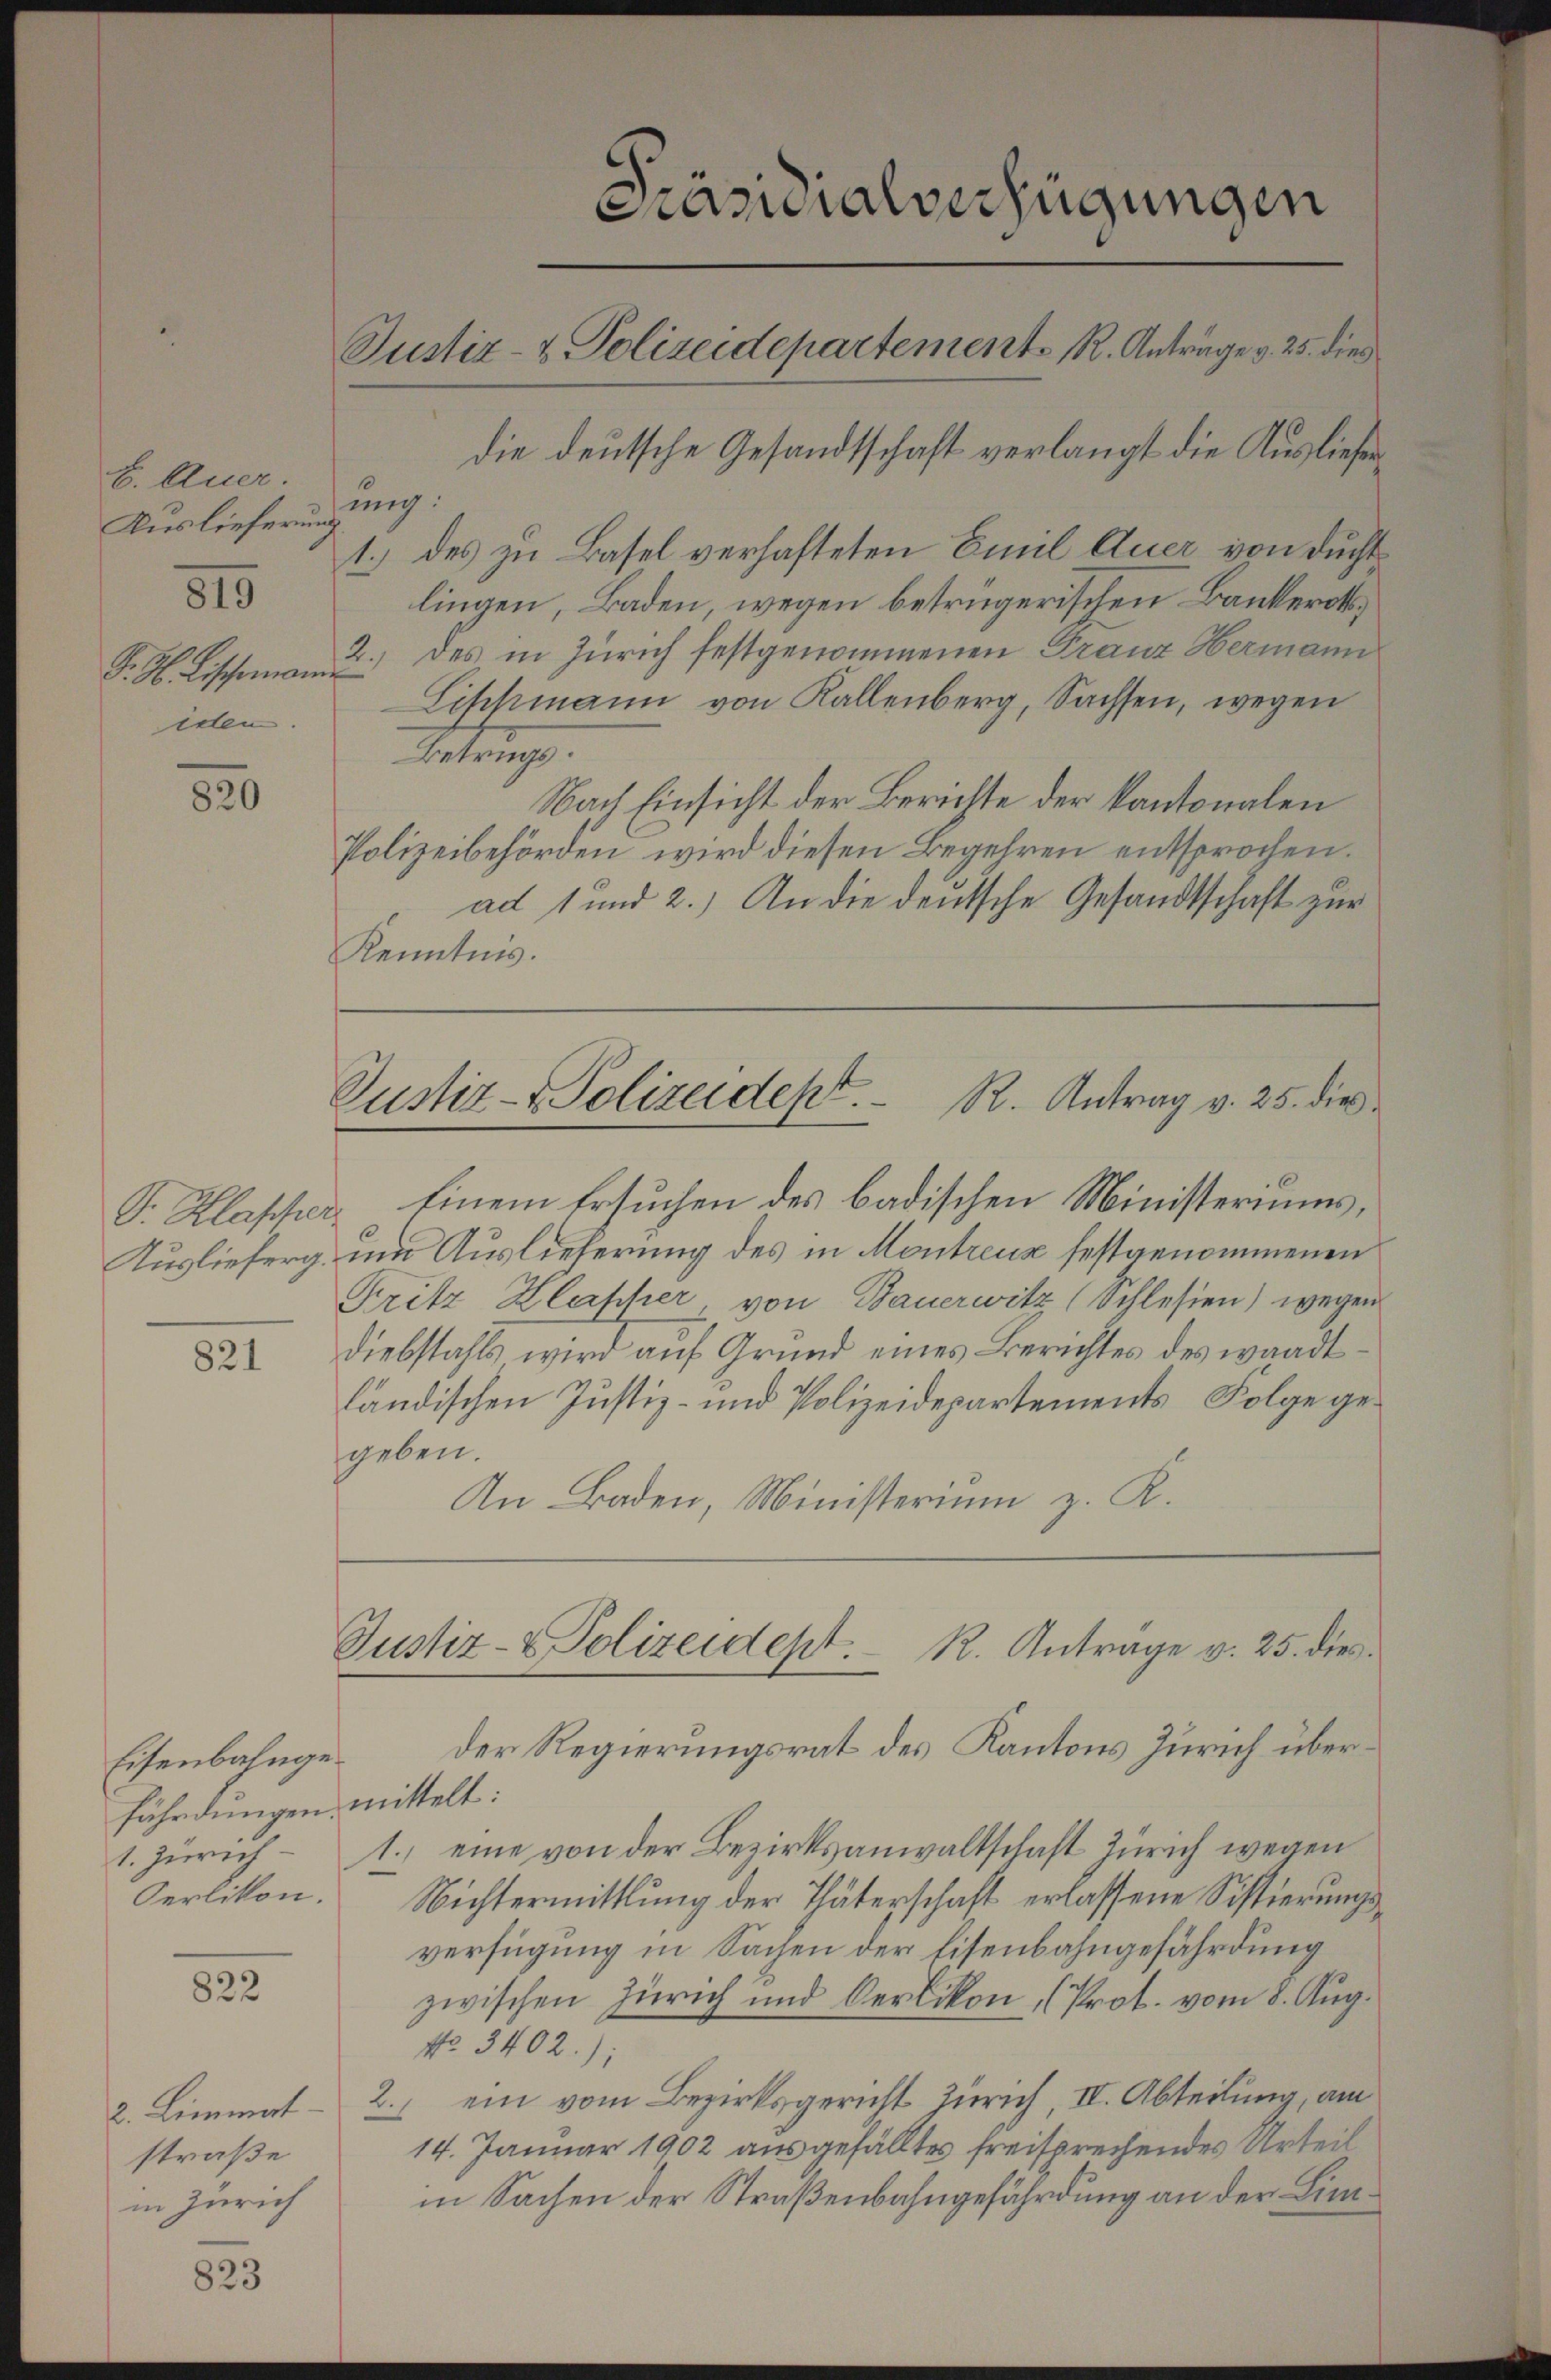
E. Auer.
Auslieferung
819
F. H. Lischemann
iden.

820

P. Klasser
Auslieferg.

821

Eisenbahngefährdungen mittelt:
1. Zürich
Oerlikon.

822

straße
in Zürich

823

Präsidialverfügungen
Justiz- & Polizeidepartement R. Anträge v. 25. dies
die deutsche Gesandtschaft verlangt die Ausliefer

ung:
1.) des zu Basel verhafteten Emil Euer von durchtlingen, Baden, wegen betrügerischen Bankerot¬
2.) des in Zürich festgenommenen Franz Hermann
f
Lischmann von Kallenberg, Sachsen, wegen
Betrugs.
Nach Einsicht der Berichte der Kantonalen
Polizeibehörden wird diesen Begehren entsprochen.
ad 1 und 2.) An die deutsche Gesandtschaft zur
Kenntnis.

Einem Ersuchen des badischen Ministeriums,
um Auslieferung des in Montreux festgenommenen
Fritz Klapfer von Bauerwitz (Schlesien) wegen
Diebstahls wird auf Grund eines Berichtes des waadtländischen Justiz- und Polizeidepartements, Folge gegeben.
An Baden, Ministerium z. R.
Der Regierungsrat des Kantons Zürich über¬
1., eine von der Bezirksanwaltschaft Zürich wegen
Nichtermittlung der Thäterschaft erlassene Sistierungsverfügung in Sachen der Eisenbahngefährdung
zwischen Zürich und Oerlikon, (Prot. vom 8. Aug.
No. 3402.),
2. Limmat - 2.) ein vom Bezirksgericht Zürich, II. Abteilung, am
14. Januar 1902 ausgefälltes freisprechendes Urteil
in Sachen der Straßenbahngefährdung an der Lim¬

Pustiz- & Polizeidept. R. Antrag v. 25. die

Justiz- & Polizeidept. R. Anträge v. 25. dies